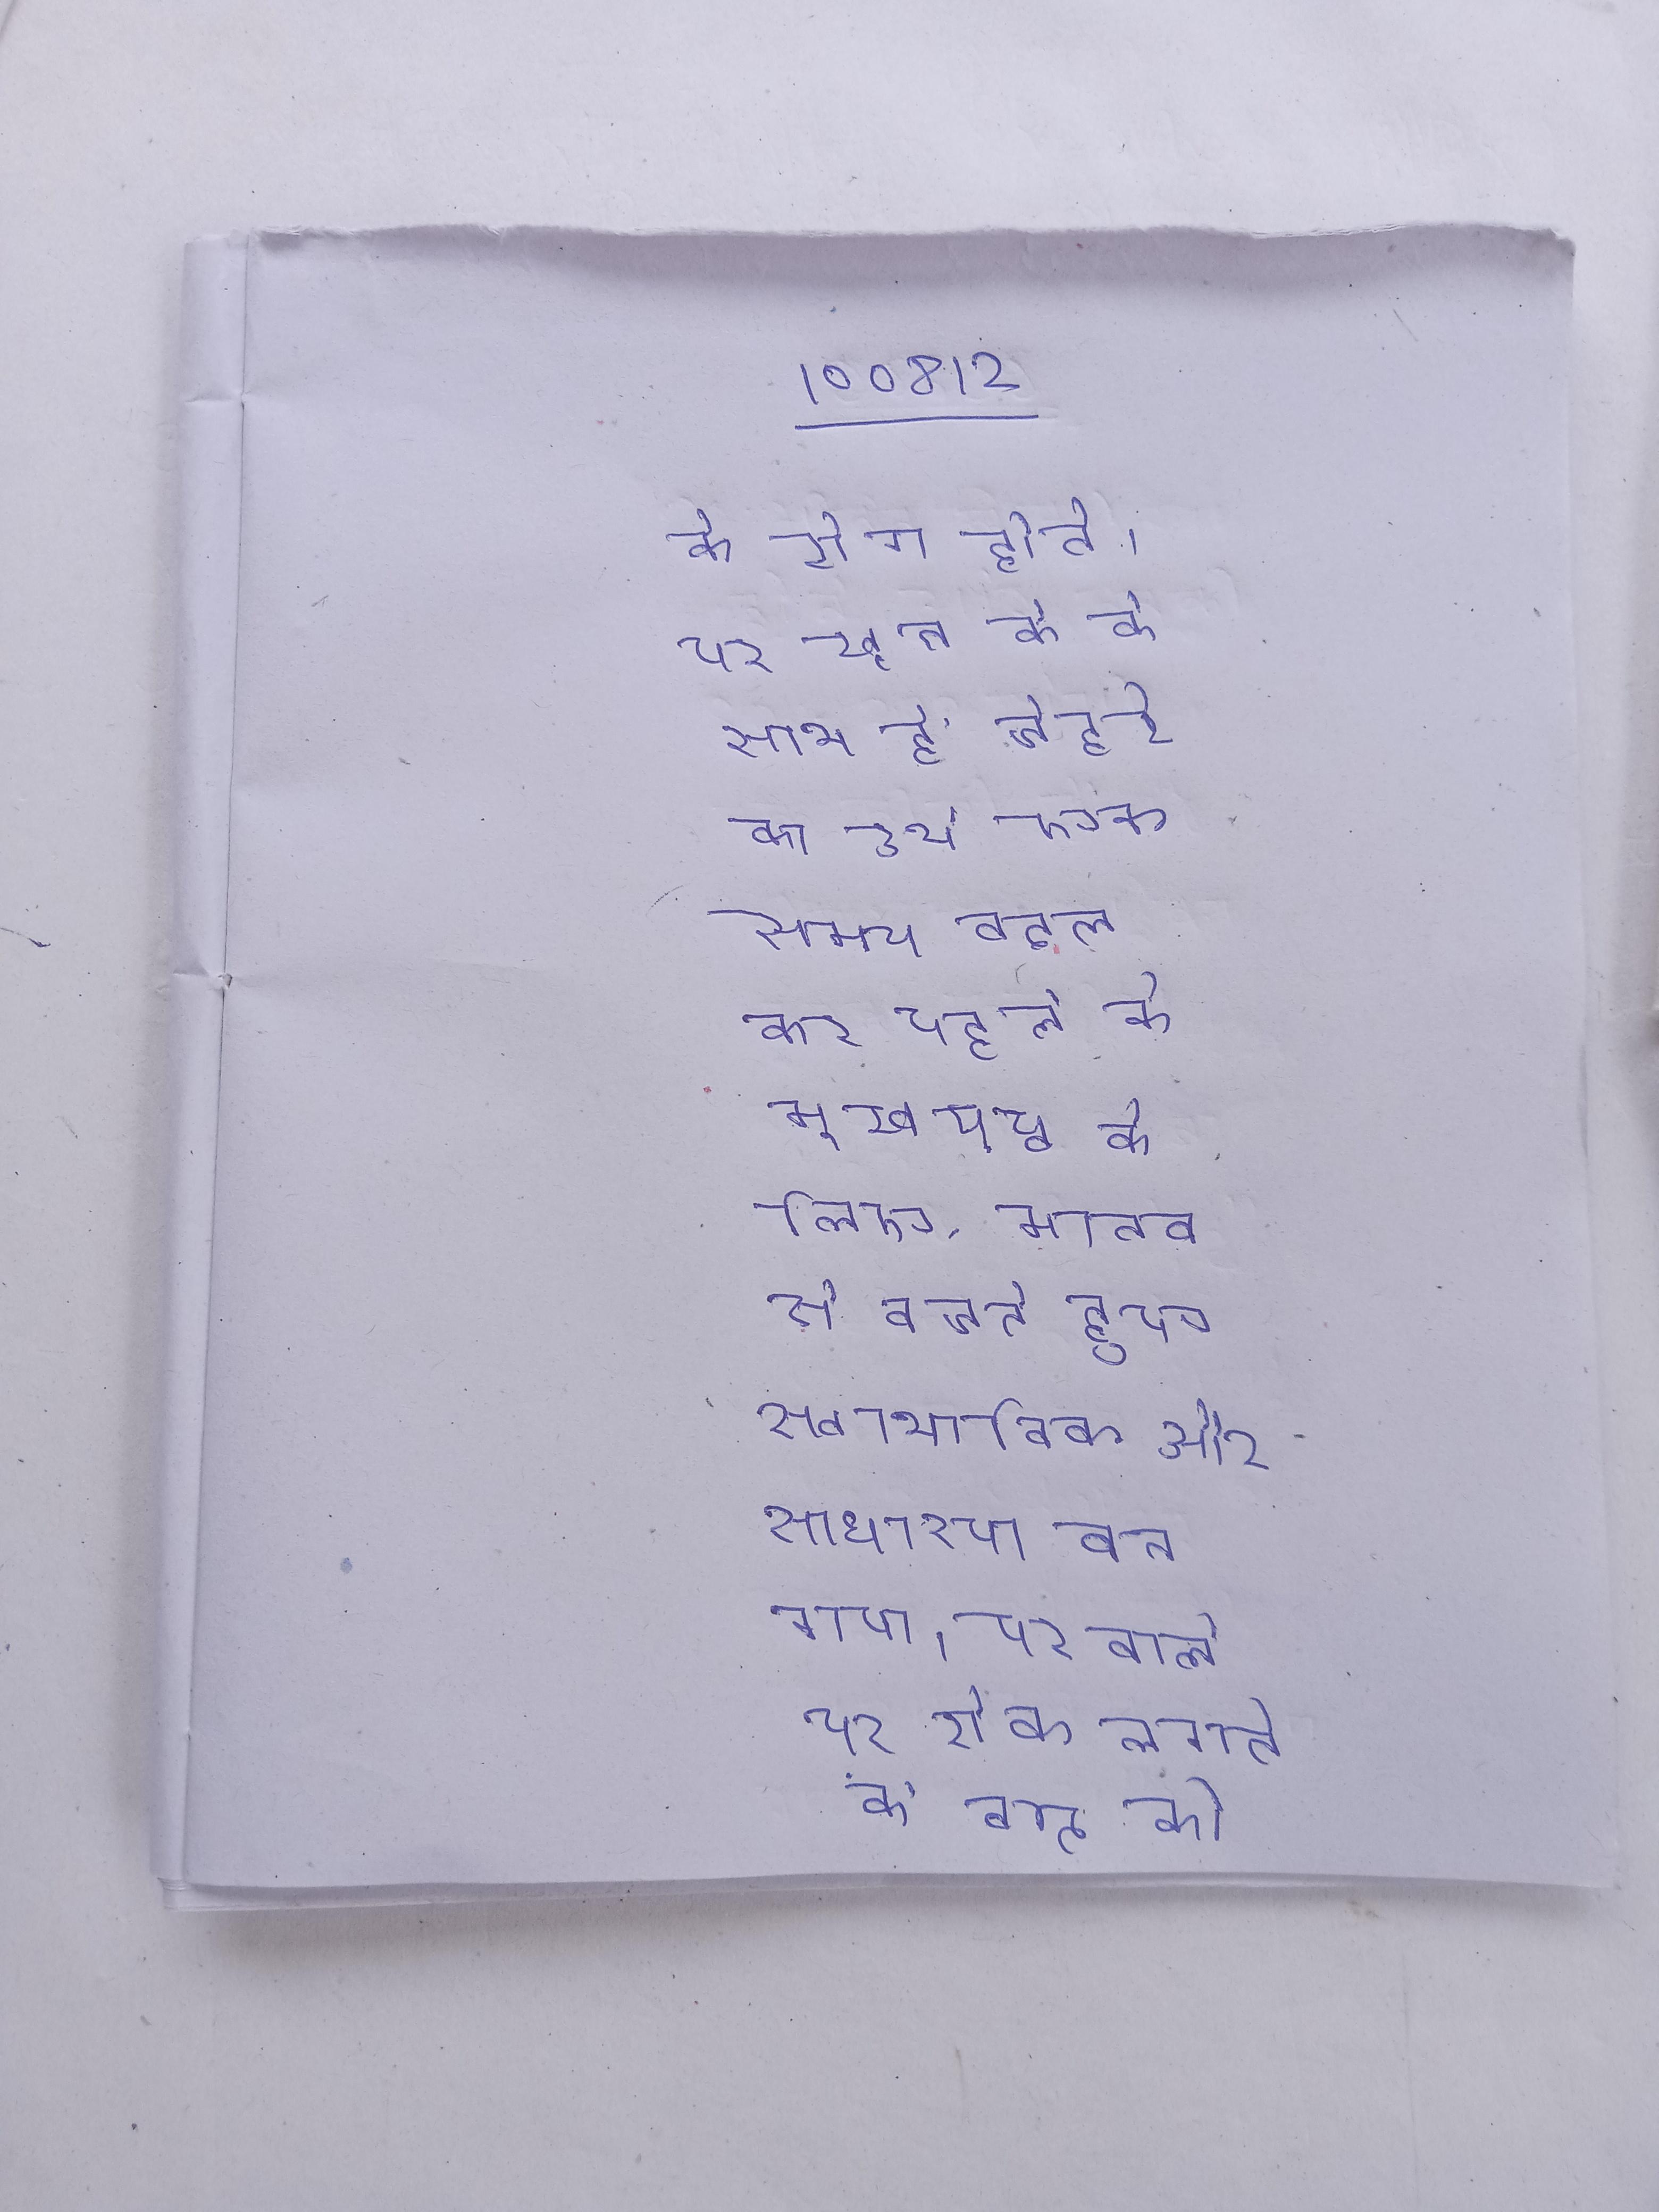
के रोग होते । पर खून के के साथ ही चेहरे का अर्थ एक ही समय बदल कर पहले के मुखपृष्ठ के लिए, मानव से बचते हुए स्वाभाविक और साधारण बन गया । पर पट्टी सेक्स गेम खेलने वाले पर रोक लगाने के बाद, को इसके साथ जाने के लिए मजबूर किया जाता है मिशेल फोन है, जिससे पता चलता है कि एक होटल ।